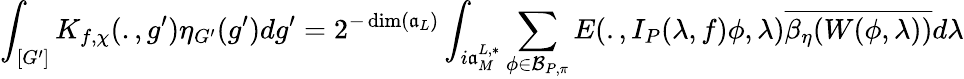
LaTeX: \displaystyle\int_{[G^{\prime}]}K_{f,\chi}(.,g^{\prime})\eta_{G^{\prime}}(g^{\prime})dg^{\prime}=2^{-\dim(\mathfrak{a}_{L})}\int_{i\mathfrak{a}_{M}^{L,*}}\sum_{\phi\in\mathcal{B}_{P,\pi}}E(.,I_{P}(\lambda,f)\phi,\lambda)\overline{{\beta_{\eta}(W(\phi,\lambda))}}d\lambda